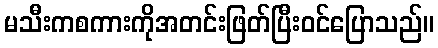
မသီးကစကားကိုအတင်းဖြတ်ပြီးဝင်ပြောသည်။